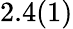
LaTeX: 2.4(1)